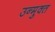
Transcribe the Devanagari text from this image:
उन्‍मुक्‍त